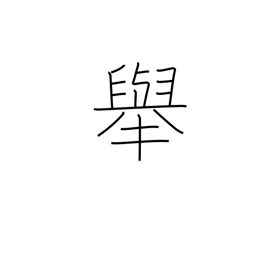
Meaning: behavior